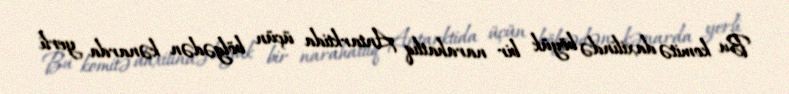
Bu komitə daxilində böyük bir narahatlıq Antarktida üçün bölgədən kənarda yerli